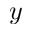
y